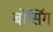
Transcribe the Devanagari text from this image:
बोर्सिग